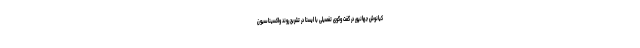
کیانوش جهانپور در گفت وگوی تفصیلی با ایسنا در تشریح روند واکسیناسیون